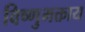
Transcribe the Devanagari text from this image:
विष्णुभक्ताय